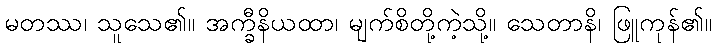
မတဿ၊ သူသေ၏။ အက္ခီနိယထာ၊ မျက်စိတို့ကဲ့သို့။ သေတာနိ၊ ဖြူကုန်၏။